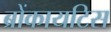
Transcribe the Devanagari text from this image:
ब्रोंकायटिस